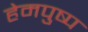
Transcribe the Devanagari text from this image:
हेमपुष्प